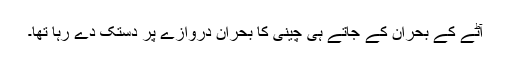
آٹے کے بحران کے جاتے ہی چینی کا بحران دروازے پر دستک دے رہا تھا۔